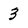
Character: 3